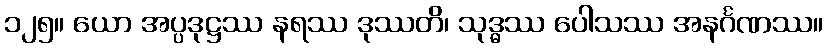
၁၂၅။ ယော အပ္ပဒုဋ္ဌဿ နရဿ ဒုဿတိ၊ သုဒ္ဓဿ ပေါသဿ အနင်္ဂဏဿ။